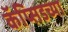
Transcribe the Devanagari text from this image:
कॅप्सिडच्या